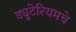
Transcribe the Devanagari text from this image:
ड्युटेरियमचे